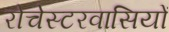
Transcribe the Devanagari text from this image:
रोचेस्टरवासियों